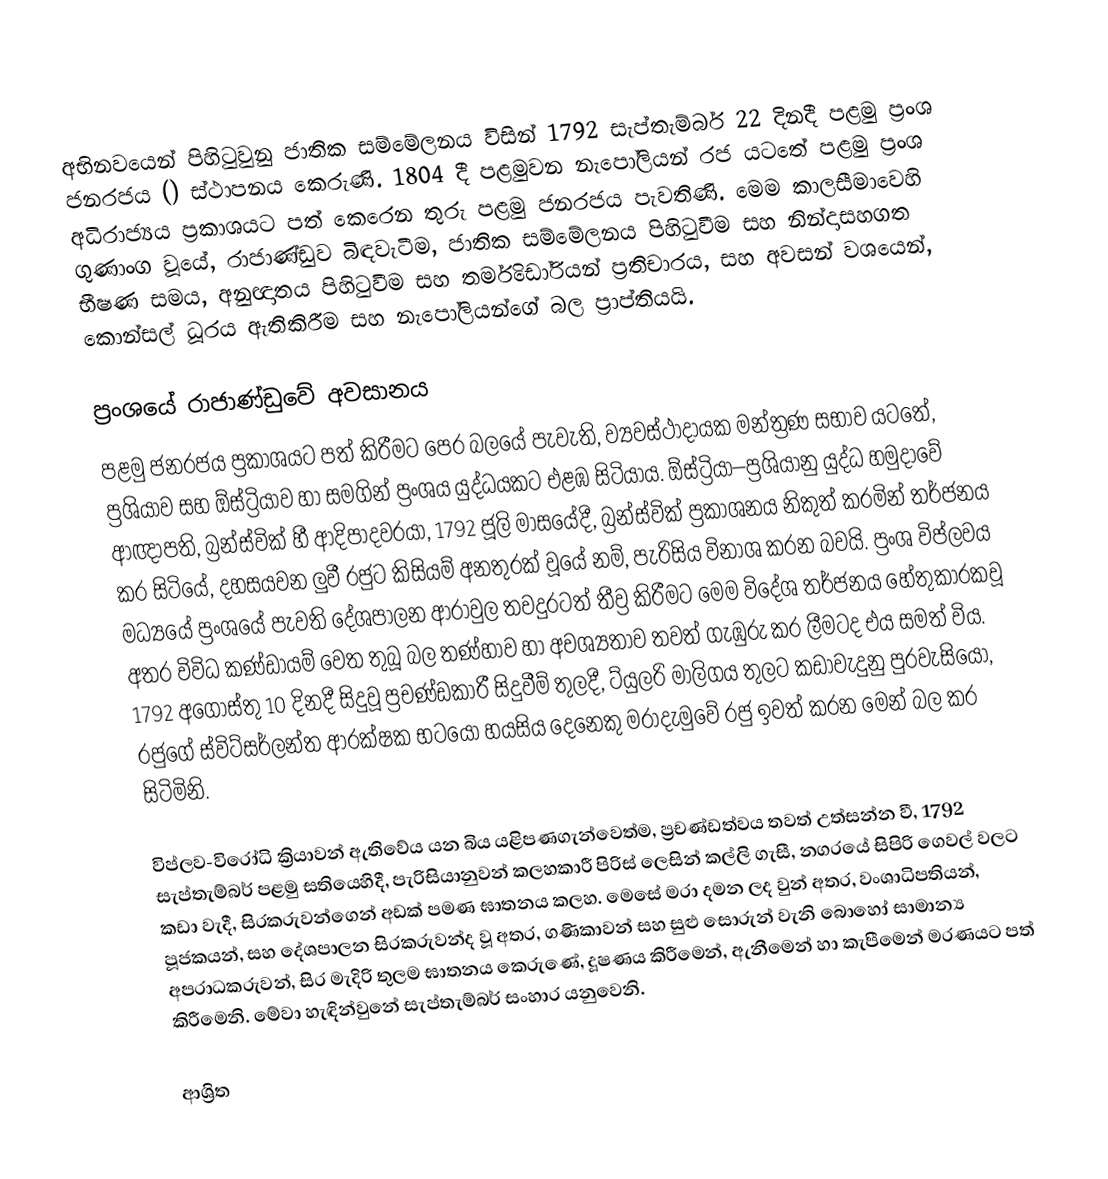
අභිනවයෙන් පිහිටුවුනු ජාතික සම්මේලනය විසින් 1792 සැප්තැම්බර් 22 දිනදී පළමු ප්‍රංශ ජනරජය () ස්ථාපනය කෙරුණි. 1804 දී පළමුවන නැපෝලියන් රජ යටතේ පළමු ප්‍රංශ අධිරාජ්‍යය ප්‍රකාශයට පත් කෙරෙන තුරු පළමු ජනරජය පැවතිණි. මෙම කාලසීමාවෙහි ගුණාංග වූයේ, රාජාණ්ඩුව බිඳවැටීම, ජාතික සම්මේලනය පිහිටුවීම සහ නින්දාසහගත භීෂණ  සමය, අනුඥාතය පිහිටුවීම සහ තර්මිඩෝරියන් ප්‍රතිචාරය, සහ අවසන් වශයෙන්, කොන්සල් ධූරය ඇතිකිරීම සහ නැපෝලියන්ගේ බල ප්‍රාප්තියයි.

ප්‍රංශයේ රාජාණ්ඩුවේ අවසානය
පළමු ජනරජය ප්‍රකාශයට පත් කිරීමට පෙර බලයේ පැවැති, ව්‍යවස්ථාදායක මන්ත්‍රණ සභාව යටතේ, ප්‍රශියාව සහ ඕස්ට්‍රියාව හා සමගින් ප්‍රංශය යුද්ධයකට එළඹ සිටියාය. ඕස්ට්‍රියා–ප්‍රශියානු යුද්ධ හමුදාවේ ආඥාපති, බ්‍රන්ස්වික් හී ආදිපාදවරයා, 1792 ජූලි මාසයේදී,  බ්‍රන්ස්වික් ප්‍රකාශනය නිකුත් කරමින් තර්ජනය කර සිටියේ, දහසයවන ලුවී රජුට කිසියම් අනතුරක් වූයේ නම්, පැරිසිය විනාශ කරන බවයි. ප්‍රංශ විප්ලවය මධ්‍යයේ ප්‍රංශයේ පැවති දේශපාලන ආරාවුල තවදුරටත් තීව්‍ර කිරීමට   මෙම  විදේශ තර්ජනය හේතුකාරකවූ අතර විවිධ කණ්ඩායම් වෙත තුබූ  බල තණ්හාව හා අවශ්‍යතාව තවත් ගැඹුරු කර ලීමටද එය සමත් විය.  1792 අගෝස්තු 10 දිනදී සිදුවූ ප්‍රචණ්ඩකාරී සිදුවීම් තුලදී, ට්යුලරි මාලිගය තුලට කඩාවැදුනු පුරවැසියෝ, රජුගේ ස්විට්සර්ලන්ත ආරක්ෂක භටයෝ හයසිය දෙනෙකු මරාදැමුවේ රජු ඉවත් කරන මෙන් බල කර සිටිමිනි.

විප්ලව-විරෝධි ක්‍රියාවන් ඇතිවේය යන බිය යළිපණගැන්වෙත්ම, ප්‍රචණ්ඩත්වය තවත් උත්සන්න වී, 1792 සැප්තැම්බර් පළමු සතියෙහිදී, පැරිසියානුවන්  කලහකාරී පිරිස් ලෙසින් කල්ලි ගැසී, නගරයේ සිපිරි ගෙවල් වලට කඩා වැදී, සිරකරුවන්ගෙන් අඩක් පමණ ඝාතනය කලහ. මෙසේ මරා දමන ලද වුන් අතර, වංශාධිපතියන්, පූජකයන්, සහ දේශපාලන සිරකරුවන්ද වූ අතර, ගණිකාවන් සහ සුළු සොරුන් වැනි බොහෝ සාමාන්‍ය අපරාධකරුවන්, සිර මැදිරි තුලම ඝාතනය කෙරුණේ, දූෂණය කිරීමෙන්, ඇනීමෙන් හා කැපීමෙන් මරණයට පත් කිරීමෙනි. මේවා හැඳින්වුනේ සැප්තැම්බර් සංහාර යනුවෙනි.

ආශ්‍රිත